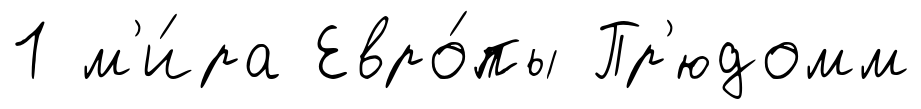
1 м'и́ра Евро́пы Пр'юдомм